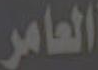
العامر